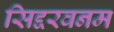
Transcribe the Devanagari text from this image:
सिद्दरवनम